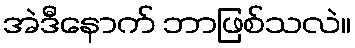
အဲဒီနောက် ဘာဖြစ်သလဲ။